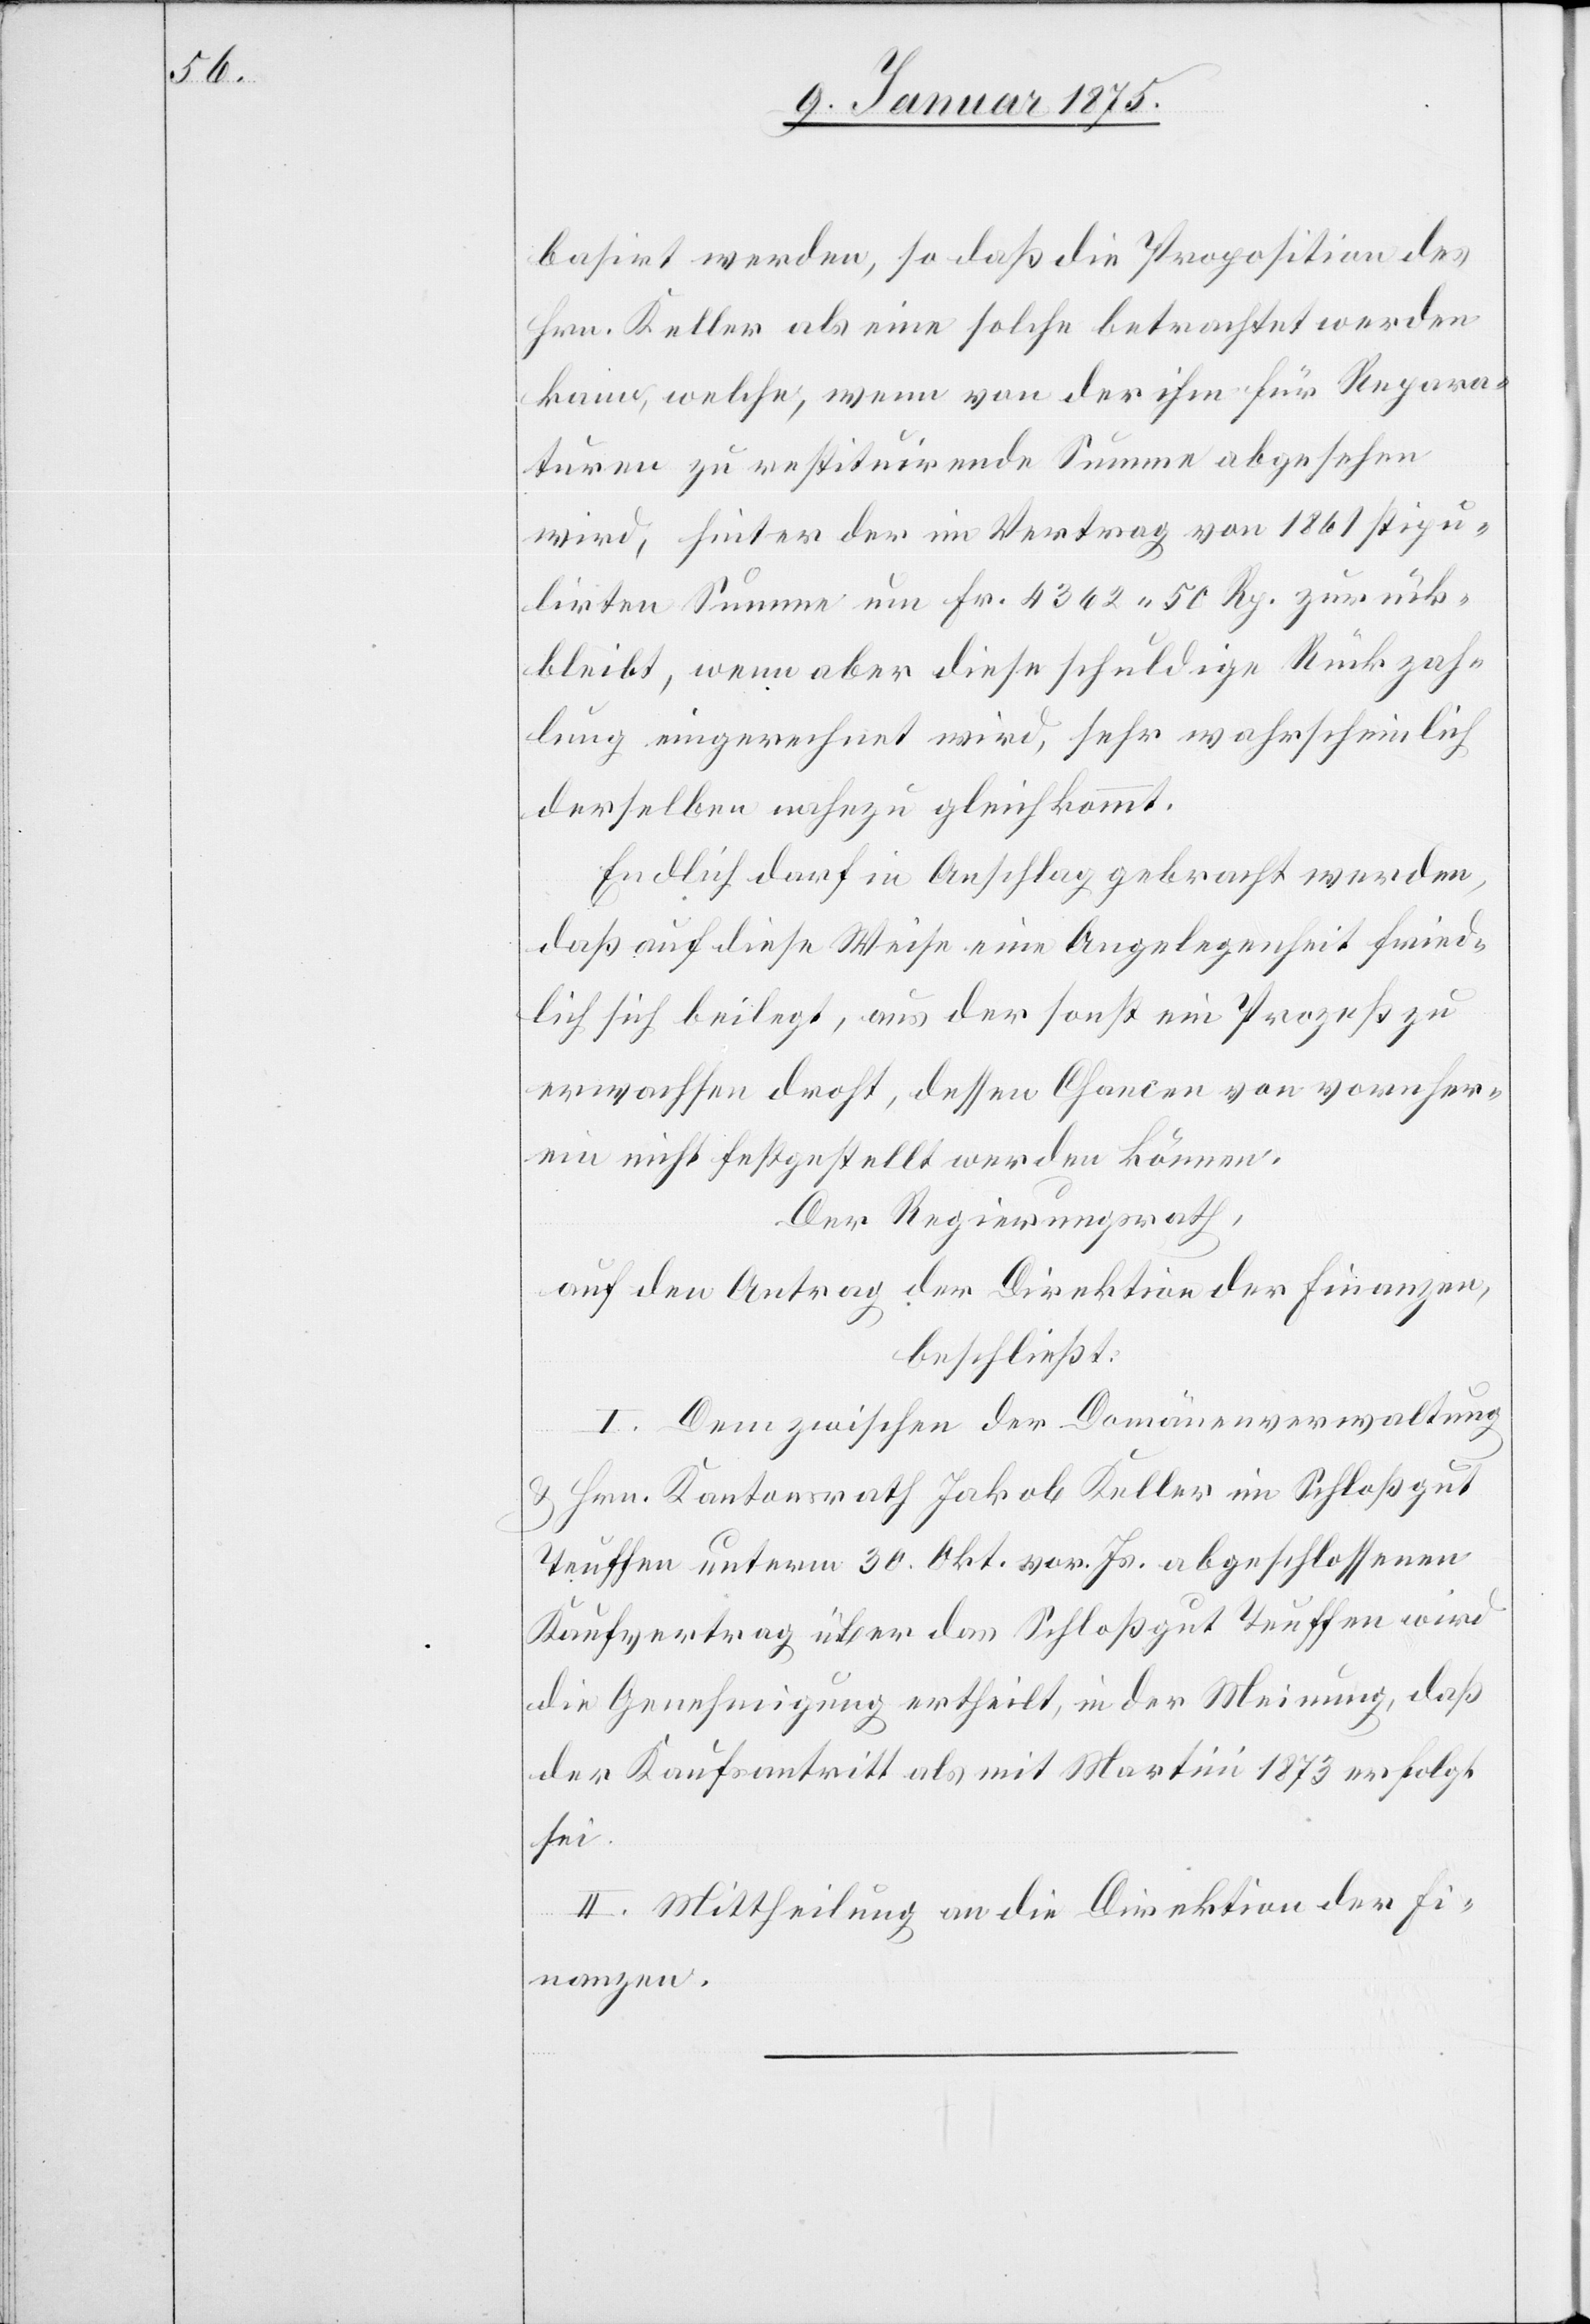
basirt werden, so daß die Proposition des
Hrn. Keller als eine solche betrachtet werden
kann, welche, wenn von der ihm für Repara¬
turen zu restituirende[n] Summe abgesehen
wird, seit er der im Vertrag von 1861 stipu¬
lirten Summe um Fr. 4362. 50 Rp. zurück¬
bleibt, wenn aber diese schuldige Rückzah¬
lung eingerechnet wird, sehr wahrscheinlich
derselben nahezu gleichkommt.
Endlich darf in Anschlag gebracht werden,
daß auf diese Weise eine Angelegenheit fried¬
lich sich beilegte, aus der sonst ein Prozeß zu
erwachsen droht, dessen Chancen von vornher¬
ein nicht festgestellt werden können.
Der Regierungsrath,
auf den Antrag der Direktion der Finanzen,
beschließt:
I. Dem zwischen der Domänenverwaltung
& Hrn. Kantonsrath Jakob Keller im Schloßgut
Teuffen unterm 30. Okt. vor. Js. abgeschlossenen
Kaufvertrag über das Schloßgut Teuffen wird
die Genehmigung ertheilt, in der Meinung, daß
der Kaufsantritt als mit Martini 1873 erfolgt
sei.
II. Mittheilung an die Direktion der Fi¬
nanzen.